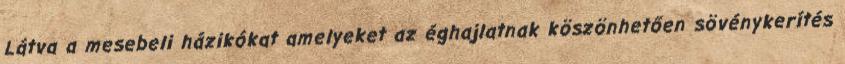
Látva a mesebeli házikókat amelyeket az éghajlatnak köszönhetően sövénykerítés